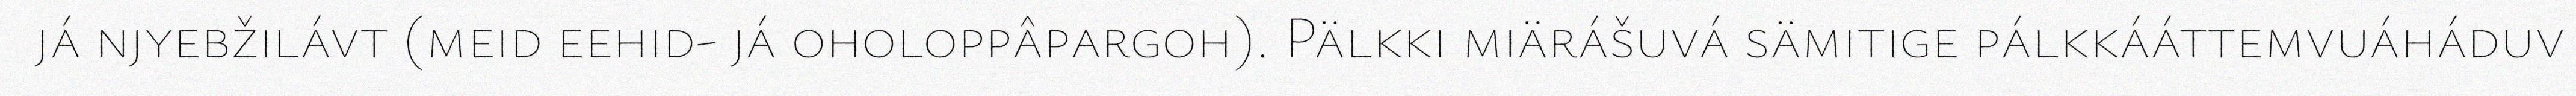
já njyebžilávt (meid eehid- já oholoppâpargoh). Pälkki miärášuvá sämitige pálkkááttemvuáháduv